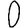
Digit: 0